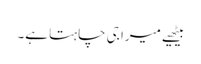
بیٹھیے میرا جی چاہتا ہے۔